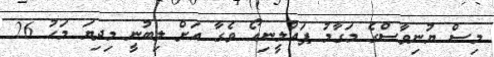
މިސް ޔުނިވާސްގެ މަގާމު ޕައުލީނިއޯ ވެގާ އަށް ލިބުނީ މިދިޔަ މަހު 26